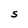
Character: S